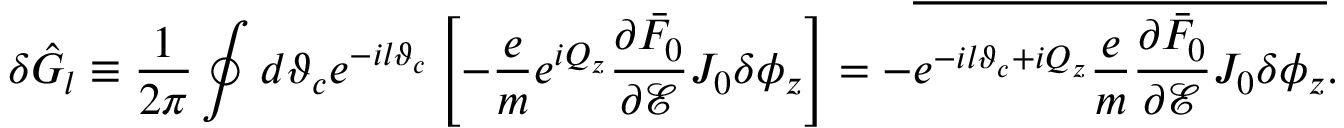
\delta \hat { G } _ { l } \equiv \frac { 1 } { 2 \pi } \oint d \vartheta _ { c } e ^ { - i l \vartheta _ { c } } \left[ - \frac { e } { m } e ^ { i Q _ { z } } \frac { \partial \bar { F } _ { 0 } } { \partial \mathcal { E } } J _ { 0 } \delta \phi _ { z } \right] = - \overline { { e ^ { - i l \vartheta _ { c } + i Q _ { z } } \frac { e } { m } \frac { \partial \bar { F } _ { 0 } } { \partial \mathcal { E } } J _ { 0 } \delta \phi _ { z } } } .